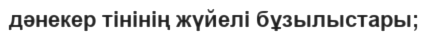
дәнекер тінінің жүйелі бұзылыстары;